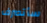
سأتصرف